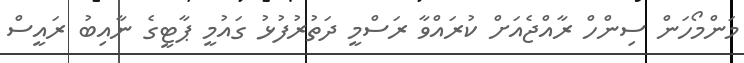
މަންމޯހަން ސިންހް ރާއްޖެއަށް ކުރައްވާ ރަސްމީ ދަތުރުފުޅު ގައުމީ ޕާޓީގެ ނާއިބު ރައީސް